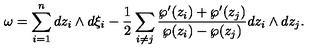
\omega = \sum _ { i = 1 } ^ { n } d z _ { i } \wedge d \xi _ { i } - \frac { 1 } { 2 } \sum _ { i \ne j } \frac { \wp ^ { \prime } ( z _ { i } ) + \wp ^ { \prime } ( z _ { j } ) } { \wp ( z _ { i } ) - \wp ( z _ { j } ) } d z _ { i } \wedge d z _ { j } .